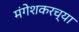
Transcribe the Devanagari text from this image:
मंगेशकरच्या